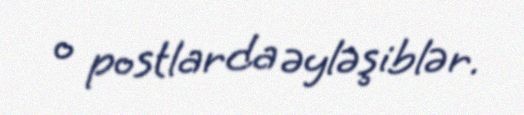
o postlarda əyləşiblər.